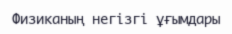
Физиканың негізгі ұғымдары